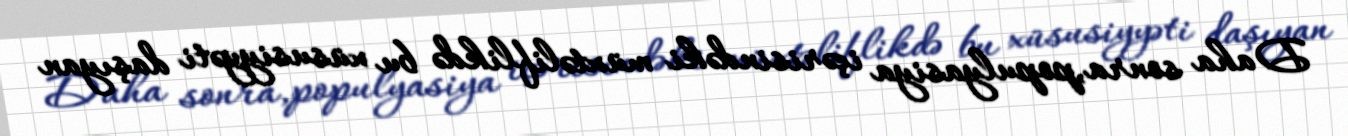
Daha sonra,populyasiya içərisindəki müxtəliflikdə bu xüsusiyyəti daşıyan